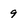
Character: 9